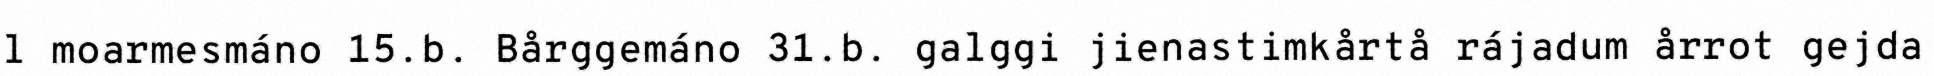
l moarmesmáno 15.b. Bårggemáno 31.b. galggi jienastimkårtå rájadum årrot gejda